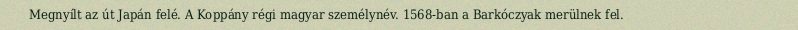
Megnyílt az út Japán felé. A Koppány régi magyar személynév. 1568-ban a Barkóczyak merülnek fel.